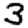
Digit: 3